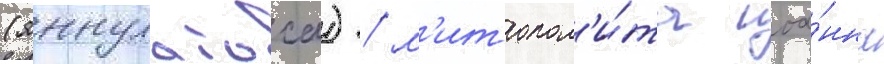
(яннулатоса) / м'итропол'и́та иоа́нна